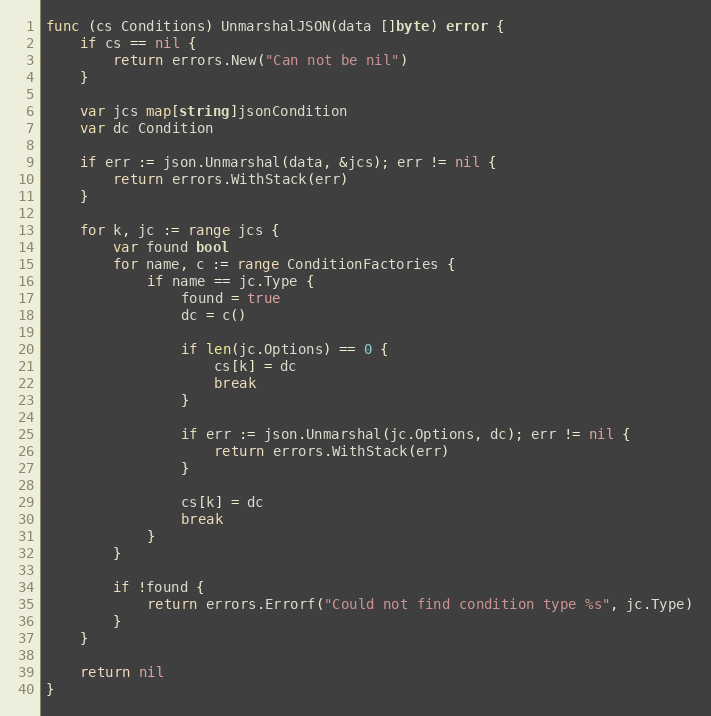
Language: Go
func (cs Conditions) UnmarshalJSON(data []byte) error {
	if cs == nil {
		return errors.New("Can not be nil")
	}

	var jcs map[string]jsonCondition
	var dc Condition

	if err := json.Unmarshal(data, &jcs); err != nil {
		return errors.WithStack(err)
	}

	for k, jc := range jcs {
		var found bool
		for name, c := range ConditionFactories {
			if name == jc.Type {
				found = true
				dc = c()

				if len(jc.Options) == 0 {
					cs[k] = dc
					break
				}

				if err := json.Unmarshal(jc.Options, dc); err != nil {
					return errors.WithStack(err)
				}

				cs[k] = dc
				break
			}
		}

		if !found {
			return errors.Errorf("Could not find condition type %s", jc.Type)
		}
	}

	return nil
}